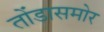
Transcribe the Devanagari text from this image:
तोंडासमोर